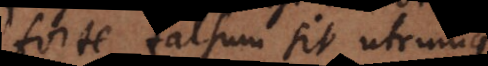
forte falsum sit utrumque.